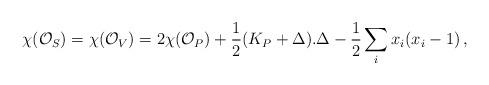
LaTeX: \begin{align*}\chi(\mathcal O_S)=\chi(\mathcal O_V)=2\chi(\mathcal O_P)+\frac{1}{2}(K_P+\Delta).\Delta-\frac{1}{2}\sum_ix_i (x_i-1)\,,\end{align*}